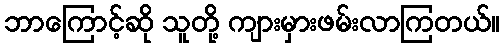
ဘာကြောင့်ဆို သူတို့ ကျားမှားဖမ်းလာကြတယ်။